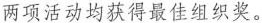
两项活动均获得最佳组织奖。